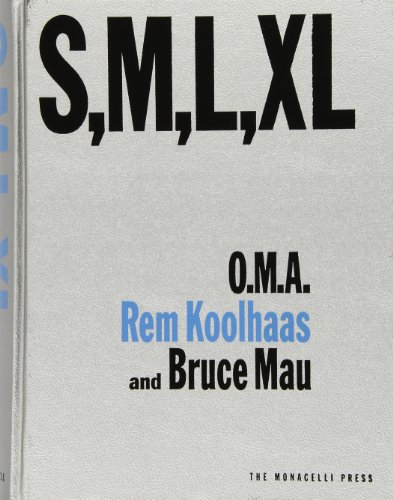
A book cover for S M L XL; Rem Koolhaas; Engineering & Transportation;